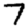
Digit: 7